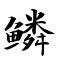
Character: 鳞